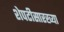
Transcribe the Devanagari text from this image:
शेपटीसारख्या